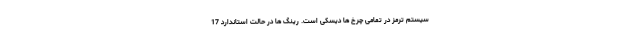
سیستم ترمز در تمامی چرخ ها دیسکی است. رینگ ها در حالت استاندارد 17